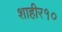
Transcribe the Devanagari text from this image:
शाहीर१०